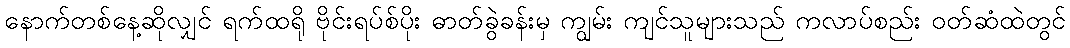
နောက်တစ်နေ့ဆိုလျှင် ရက်ထရို ဗိုင်းရပ်စ်ပိုး ဓာတ်ခွဲခန်းမှ ကျွမ်း ကျင်သူများသည် ကလာပ်စည်း ဝတ်ဆံထဲတွင်